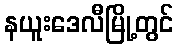
နယူးဒေလီမြို့တွင်